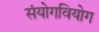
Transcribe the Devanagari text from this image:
संयोगवियोग